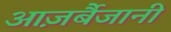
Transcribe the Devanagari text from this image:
आज़र्बैजानी